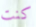
كنت